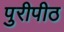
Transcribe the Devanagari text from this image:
पुरीपीठ